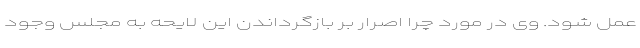
عمل شود. وی در مورد چرا اصرار بر بازگرداندن این لایحه به مجلس وجود